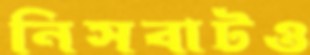
নিসবাটও